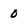
Character: 0